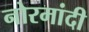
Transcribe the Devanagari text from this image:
नोरमांदी